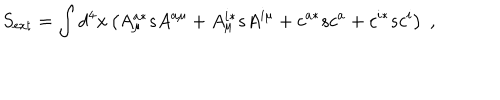
LaTeX: S _ { \mathrm { e x t } } = \int d ^ { 4 } x \left( A _ { \mu } ^ { a * } s A ^ { a \mu } + A _ { \mu } ^ { i * } s A ^ { i \mu } + c ^ { a * } s c ^ { a } + c ^ { i * } s c ^ { i } \right) \; ,